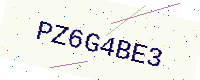
Text: PZ6G4BE3